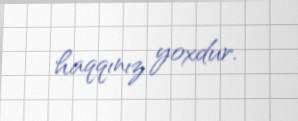
haqqınız yoxdur.